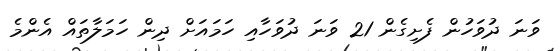
ވަނަ ދުވަހުން ފެށިގެން 21 ވަނަ ދުވަހާއި ހަމައަށް ދިން ހަމަލާތައް އެންމެ